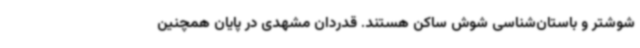
شوشتر و باستان‌شناسی شوش ساکن هستند. قدردان مشهدی در پایان همچنین